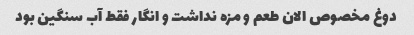
دوغ مخصوص الان طعم و مزه نداشت و انگار فقط آب سنگین بود